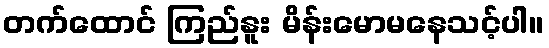
တက်ထောင် ကြည်နူး မိန်းမောမနေသင့်ပါ။